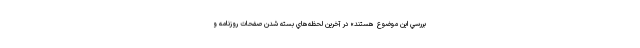
بررسي اين موضوع هستند» در آخرين لحظه‌هاي بسته شدن صفحات روزنامه و